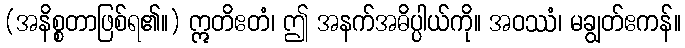
(အနိစ္စတာဖြစ်ရ၏။) ဣတိဧတံ၊ ဤ အနက်အဓိပ္ပါယ်ကို။ အဝဿံ၊ မချွတ်ဧကန်။